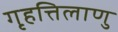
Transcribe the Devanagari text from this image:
गृहत्तिलाणु